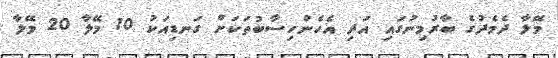
މޭލާ ދެމެދުގެ ބާރުމިނުގައި އަދި އެހެންހިސާބުތަކަށް ގަނޑިއަކު 10 މޭލާ 20 މޭލާ